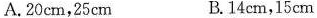
A.20cm，25cm B.14cm，15cm